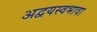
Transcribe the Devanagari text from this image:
अद्वयस्वभावा